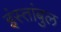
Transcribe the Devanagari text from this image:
इंस्तांबुल